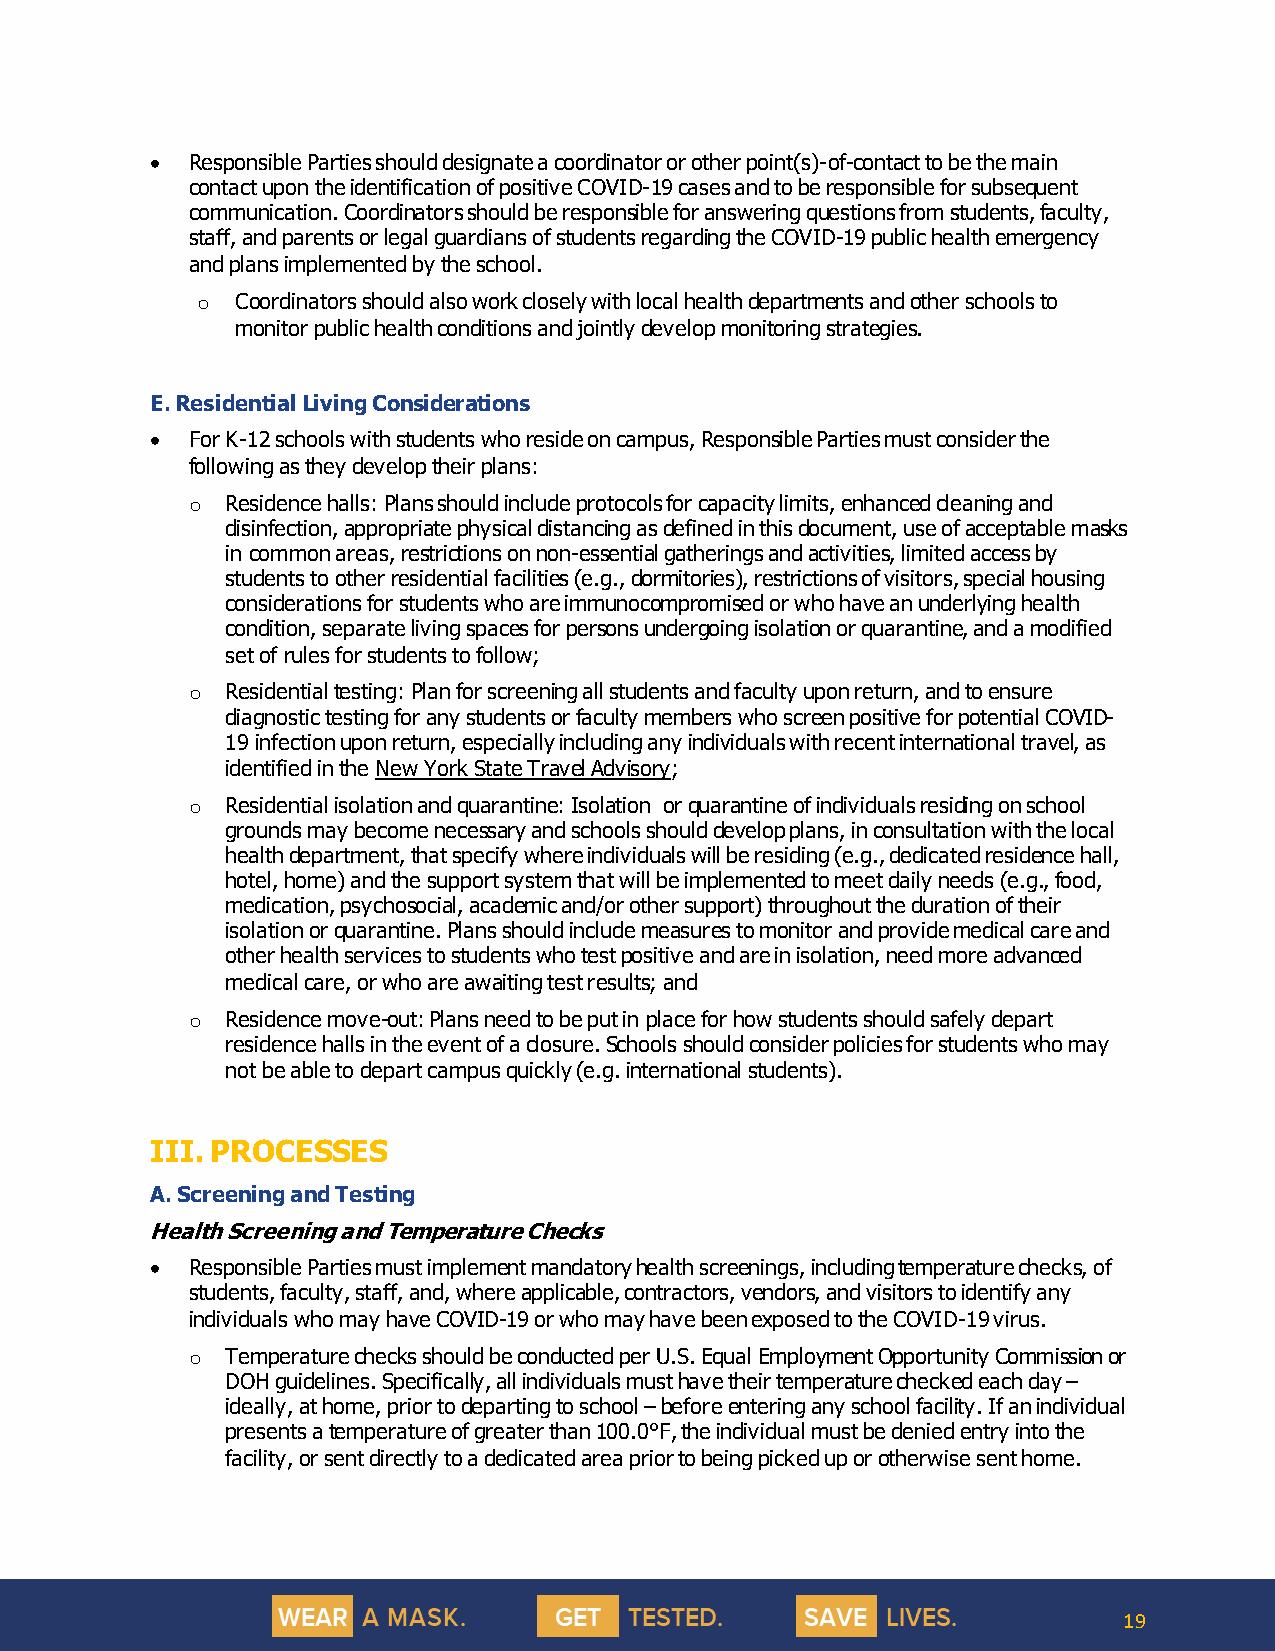
• Responsible Parties should designate a coordinator or other point(s)-of-contact to be the main
 contact upon the identification of positive COVID-19 cases and to be responsible for subsequent
 communication. Coordinators should be responsible for answering questions from students, faculty,
 staff, and parents or legal guardians of students regarding the COVID-19 public health emergency
 and plans implemented by the school.
 o  Coordinators should also work closely with local health departments and other schools to
 monitor public health conditions and jointly develop monitoring strategies.
 E. Residential Living Considerations
 • For K-12 schools with students who reside on campus, Responsible Parties must consider the
 following as they develop their plans:
 o  Residence halls: Plans should include protocols for capacity limits, enhanced cleaning and
 disinfection, appropriate physical distancing as defined in this document, use of acceptable masks
 in common areas, restrictions on non-essential gatherings and activities, limited access by
 students to other residential facilities (e.g., dormitories), restrictions of visitors, special housing
 considerations for students who are immunocompromised or who have an underlying health
 condition, separate living spaces for persons undergoing isolation or quarantine, and a modified
 set of rules for students to follow;
 o  Residential testing: Plan for screening all students and faculty upon return, and to ensure
 diagnostic testing for any students or faculty members who screen positive for potential COVID-
 19 infection upon return, especially including any individuals with recent international travel, as
 identified in the New York State Travel Advisory;
 o  Residential isolation and quarantine: Isolation or quarantine of individuals residing on school
 grounds may become necessary and schools should develop plans, in consultation with the local
 health department, that specify where individuals will be residing (e.g., dedicated residence hall,
 hotel, home) and the support system that will be implemented to meet daily needs (e.g., food,
 medication, psychosocial, academic and/or other support) throughout the duration of their
 isolation or quarantine. Plans should include measures to monitor and provide medical care and
 other health services to students who test positive and are in isolation, need more advanced
 medical care, or who are awaiting test results; and
 o  Residence move-out: Plans need to be put in place for how students should safely depart
 residence halls in the event of a closure. Schools should consider policies for students who may
 not be able to depart campus quickly (e.g. international students).
 III. PROCESSES
 A. Screening and Testing
 Health Screening and Temperature Checks
 • Responsible Parties must implement mandatory health screenings, including temperature checks, of
 students, faculty, staff, and, where applicable, contractors, vendors, and visitors to identify any
 individuals who may have COVID-19 or who may have been exposed to the COVID-19 virus.
 o  Temperature checks should be conducted per U.S. Equal Employment Opportunity Commission or
 DOH guidelines. Specifically, all individuals must have their temperature checked each day –
 ideally, at home, prior to departing to school – before entering any school facility. If an individual
 presents a temperature of greater than 100.0°F, the individual must be denied entry into the
 facility, or sent directly to a dedicated area prior to being picked up or otherwise sent home.
 19